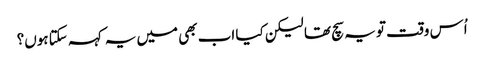
اُس وقت تو یہ سچ تھا لیکن کیا اب بھی میں یہ کہہ سکتا ہوں؟